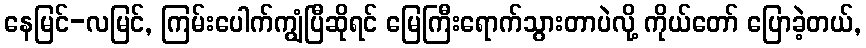
နေမြင်-လမြင်, ကြမ်းပေါက်ကျွံပြီဆိုရင် မြေကြီးရောက်သွားတာပဲလို့ ကိုယ်တော် ပြောခဲ့တယ်,